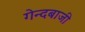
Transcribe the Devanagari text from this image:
गेन्दबाजी